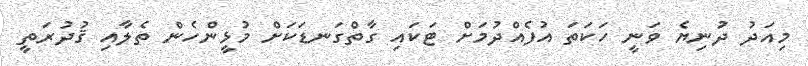
މިއަދު ދުނިޔެ ވަނީ ހަކަތަ އުފެއްދުމަށް ޓަކައި ގާތްގަނޑަކަށް މުޅީންހެން ތެލާއި ޤުދުރަތީ